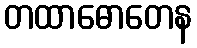
တထာဓောတေန